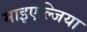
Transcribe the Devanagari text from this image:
माइएल्जिया